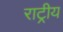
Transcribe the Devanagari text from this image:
राट्रीय